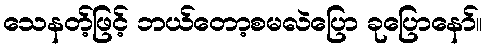
သေနတ့်ဖြင့် ဘယ်တော့စမလဲပြော ခုပြောနော်။